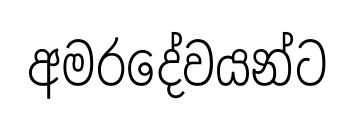
අමරදේවයන්ට